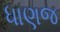
ધાણજ